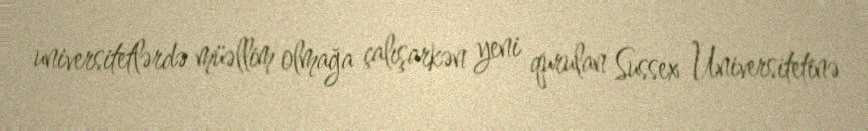
universitetlərdə müəllim olmağa çalışarkən yeni qurulan Sussex Universitetinə